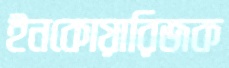
ইনকোয়ারিজক